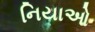
નિયાઓ